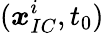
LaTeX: (\boldsymbol{x}_{IC}^{i},t_{0})